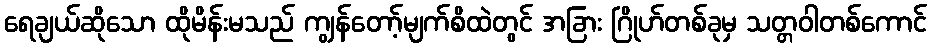
ရေချယ်ဆိုသော ထိုမိန်းမသည် ကျွန်တော့်မျက်စိထဲတွင် အခြား ဂြိုဟ်တစ်ခုမှ သတ္တဝါတစ်ကောင်